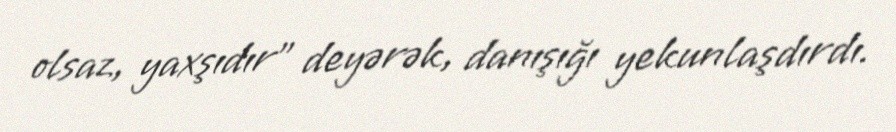
olsaz, yaxşıdır” deyərək, danışığı yekunlaşdırdı.